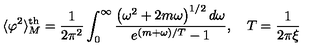
\langle \varphi ^ { 2 } \rangle _ { M } ^ { \mathrm { t h } } = \frac { 1 } { 2 \pi ^ { 2 } } \int _ { 0 } ^ { \infty } \frac { \left( \omega ^ { 2 } + 2 m \omega \right) ^ { 1 / 2 } d \omega } { e ^ { ( m + \omega ) / T } - 1 } , \quad T = \frac { 1 } { 2 \pi \xi }